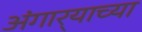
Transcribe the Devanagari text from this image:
अंगार्‍याच्या